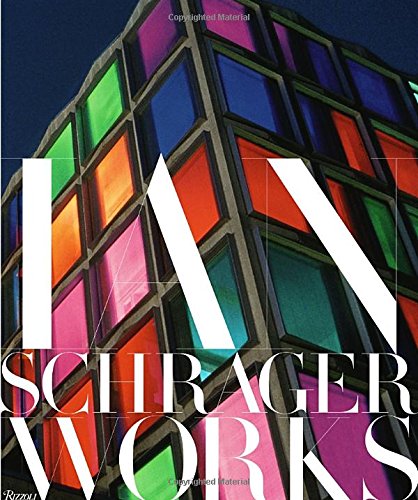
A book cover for Ian Schrager: Works; Ian Schrager; Arts & Photography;